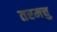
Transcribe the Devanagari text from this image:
तरमचु